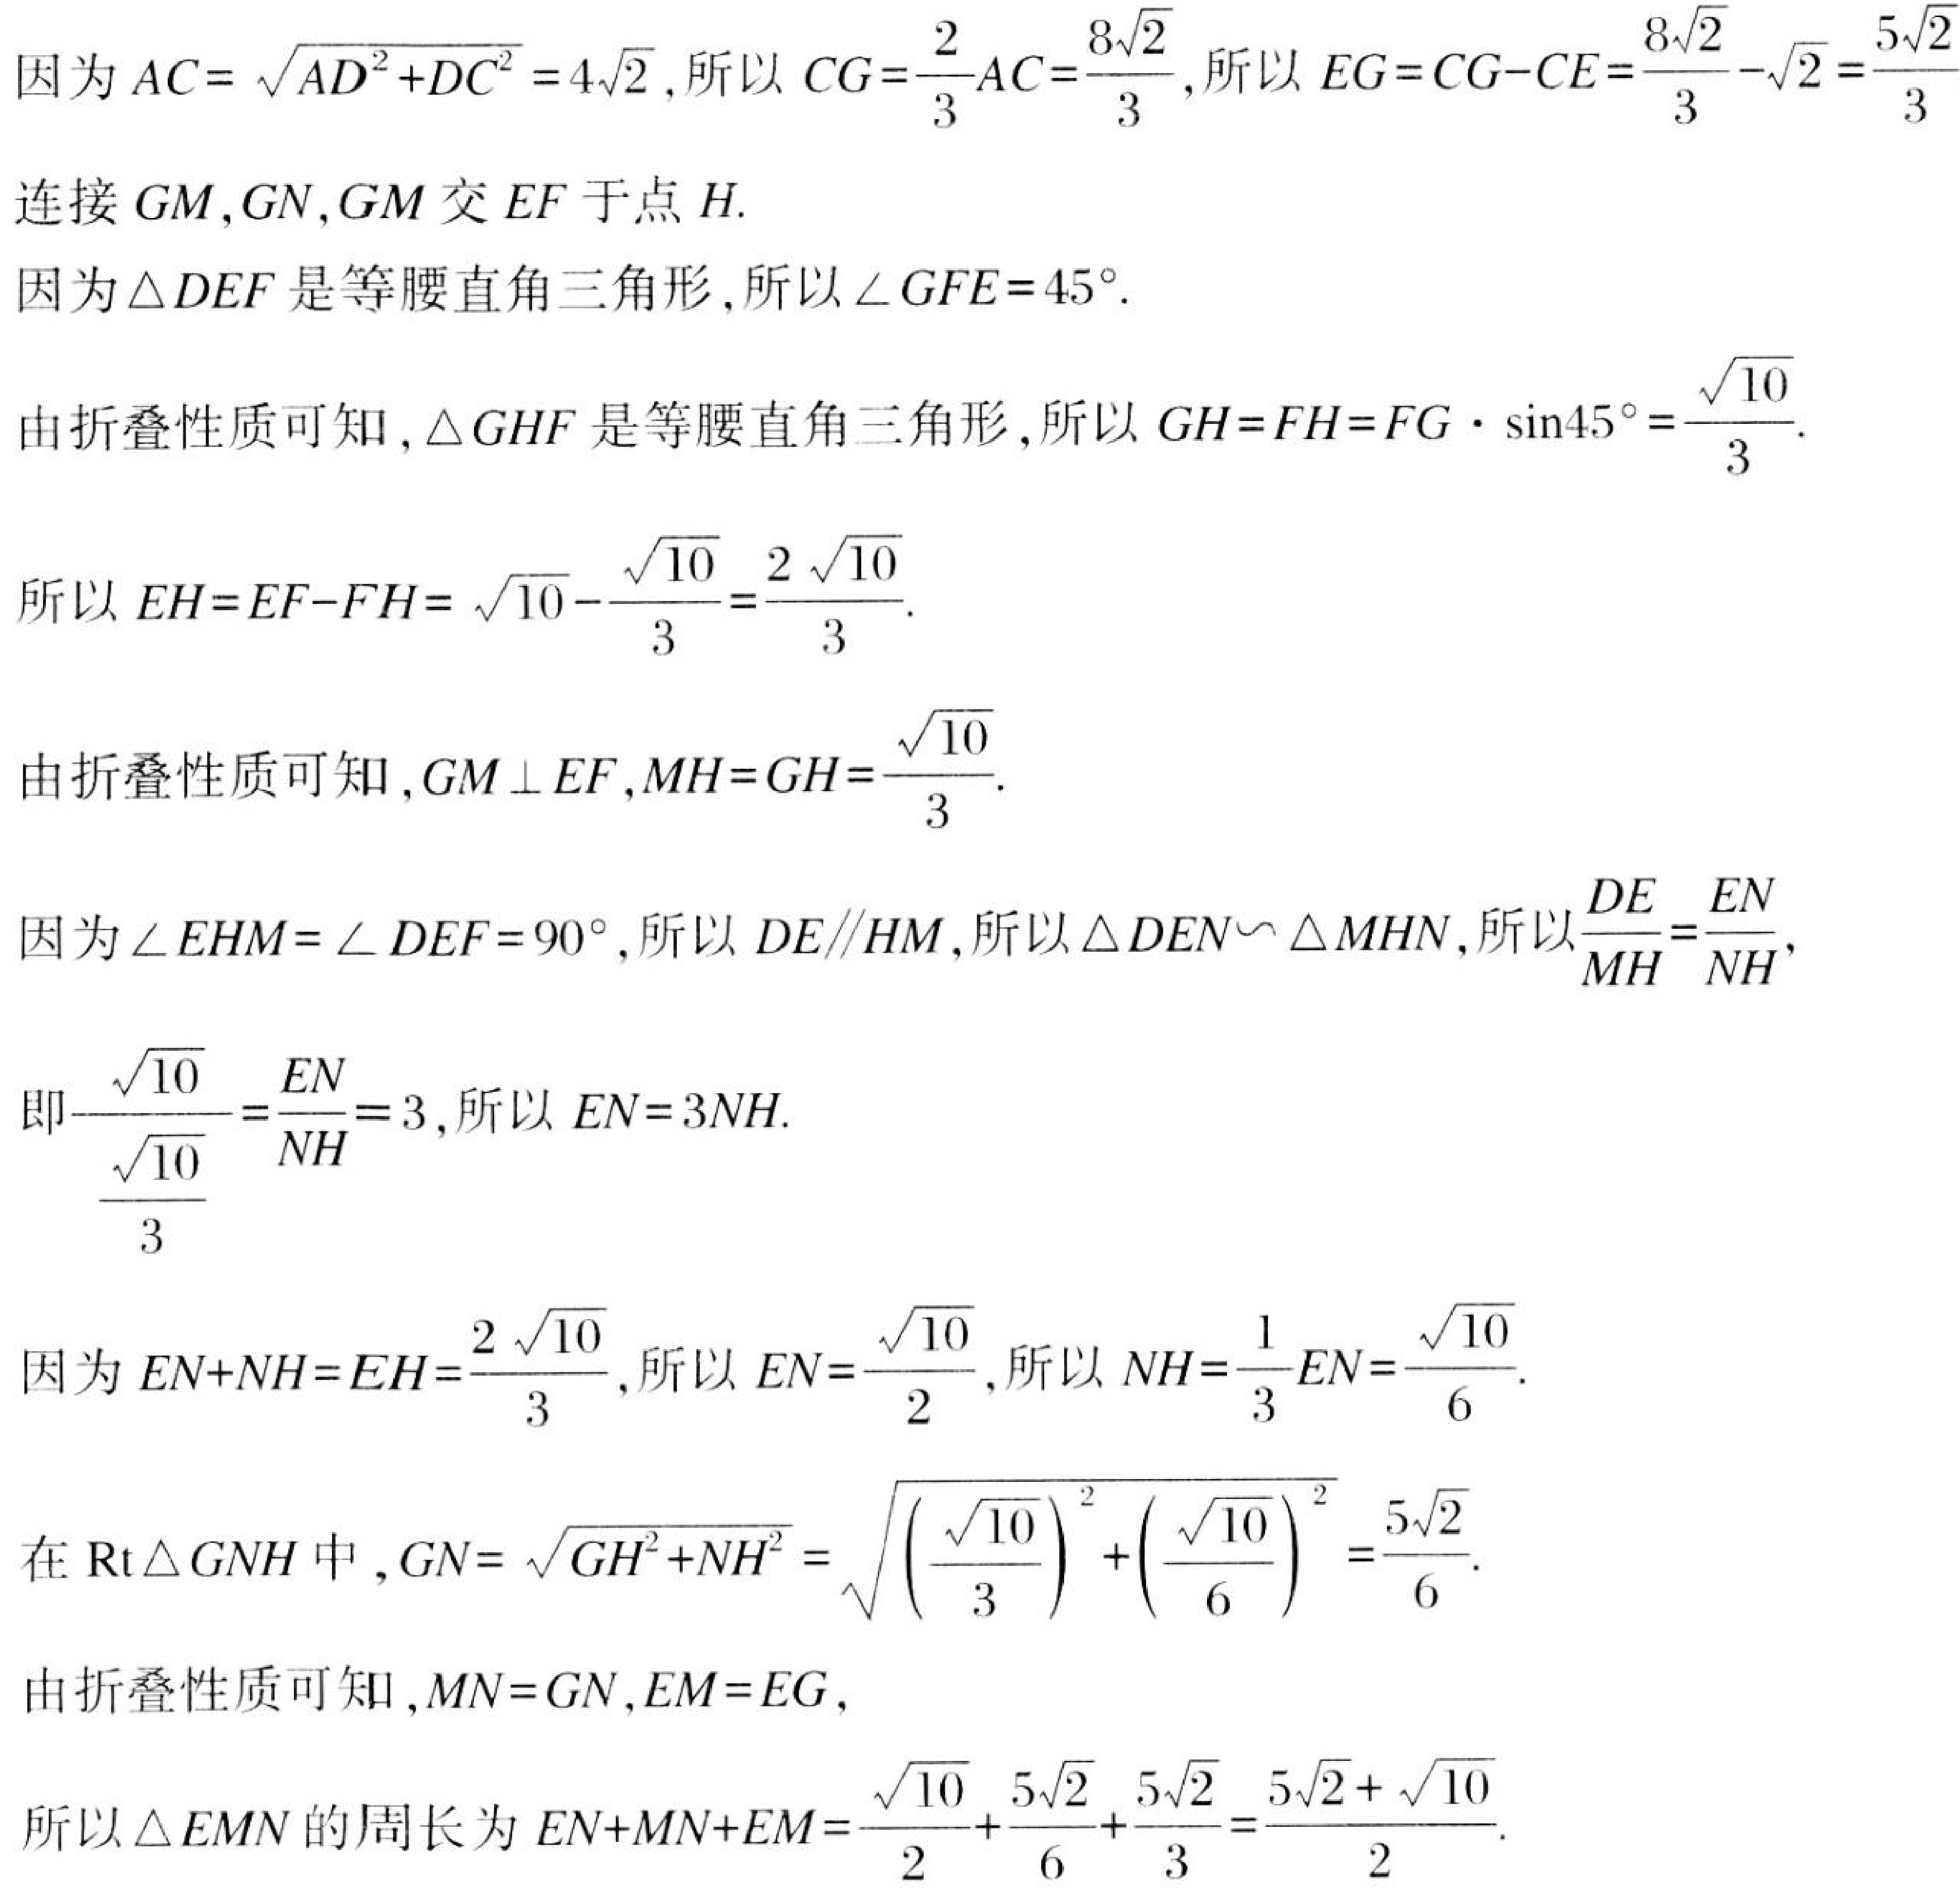
因为\(AC = \sqrt{AD^{2}+DC^{2}} = 4\sqrt{2}\),所以\(CG=\frac{2}{3}AC=\frac{8\sqrt{2}}{3}\),所以\(EG = CG - CE=\frac{8\sqrt{2}}{3}-\sqrt{2}=\frac{5\sqrt{2}}{3}\)
连接\(GM,GN,GM\)交\(EF\)于点\(H\).
因为\(\triangle DEF\)是等腰直角三角形,所以\(\angle GFE = 45^{\circ}\).
由折叠性质可知,\(\triangle GHF\)是等腰直角三角形,所以\(GH = FH=FG\cdot\sin45^{\circ}=\frac{\sqrt{10}}{3}\).
所以\(EH = EF - FH=\sqrt{10}-\frac{\sqrt{10}}{3}=\frac{2\sqrt{10}}{3}\).
由折叠性质可知,\(GM\perp EF,MH = GH=\frac{\sqrt{10}}{3}\).
因为\(\angle EHM=\angle DEF = 90^{\circ}\),所以\(DE\parallel HM\),所以\(\triangle DEN\sim\triangle MHN\),所以\(\frac{DE}{MH}=\frac{EN}{NH}\),
即\(\frac{\sqrt{10}}{\frac{\sqrt{10}}{3}}=\frac{EN}{NH}=3\),所以\(EN = 3NH\).
因为\(EN + NH=EH=\frac{2\sqrt{10}}{3}\),所以\(EN=\frac{\sqrt{10}}{2}\),所以\(NH=\frac{1}{3}EN=\frac{\sqrt{10}}{6}\).
在\(\text{Rt}\triangle GNH\)中,\(GN=\sqrt{GH^{2}+NH^{2}}=\sqrt{\left(\frac{\sqrt{10}}{3}\right)^{2}+\left(\frac{\sqrt{10}}{6}\right)^{2}}=\frac{5\sqrt{2}}{6}\).
由折叠性质可知,\(MN = GN,EM = EG\),
所以\(\triangle EMN\)的周长为\(EN + MN+EM=\frac{\sqrt{10}}{2}+\frac{5\sqrt{2}}{6}+\frac{5\sqrt{2}}{3}=\frac{5\sqrt{2}+\sqrt{10}}{2}\).